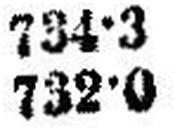
732•0